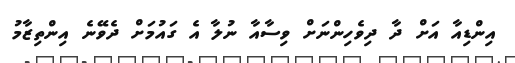
އިންޑިއާ އަށް ދާ ދިވެހިންނަށް ވިސާއާ ނުލާ އެ ގައުމަށް ދެވޭނެ އިންތިޒާމު